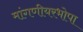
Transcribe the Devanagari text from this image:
मांगणीयरभोपा